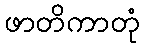
ဖာတိကာတုံ